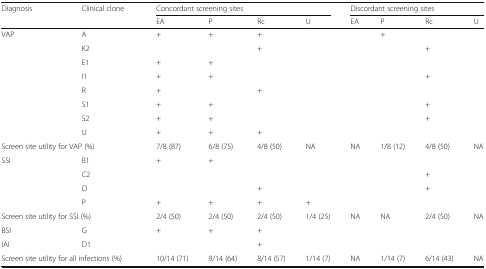
<table><thead><tr><td rowspan="2"><b>Diagnosis</b></td><td rowspan="2"><b>Clinical clone</b></td><td colspan="4"><b>Concordant screening sites</b></td><td colspan="4"><b>Discordant screening sites</b></td></tr><tr><td><b>EA</b></td><td><b>P</b></td><td><b>Rc</b></td><td><b>U</b></td><td><b>EA</b></td><td><b>P</b></td><td><b>Rc</b></td><td><b>U</b></td></tr></thead><tbody><tr><td rowspan="8">VAP</td><td>A</td><td>+</td><td>+</td><td>+</td><td></td><td></td><td>+</td><td></td><td></td></tr><tr><td>K2</td><td></td><td></td><td>+</td><td></td><td></td><td></td><td>+</td><td></td></tr><tr><td>E1</td><td>+</td><td>+</td><td></td><td></td><td></td><td></td><td></td><td></td></tr><tr><td>I1</td><td>+</td><td>+</td><td></td><td></td><td></td><td></td><td>+</td><td></td></tr><tr><td>R</td><td>+</td><td></td><td>+</td><td></td><td></td><td></td><td></td><td></td></tr><tr><td>S1</td><td>+</td><td>+</td><td></td><td></td><td></td><td></td><td>+</td><td></td></tr><tr><td>S2</td><td>+</td><td>+</td><td></td><td></td><td></td><td></td><td>+</td><td></td></tr><tr><td>U</td><td>+</td><td>+</td><td>+</td><td></td><td></td><td></td><td></td><td></td></tr><tr><td colspan="2">Screen site utility for VAP (%)</td><td>7/8 (87)</td><td>6/8 (75)</td><td>4/8 (50)</td><td>NA</td><td>NA</td><td>1/8 (12)</td><td>4/8 (50)</td><td>NA</td></tr><tr><td rowspan="4">SSI</td><td>B1</td><td>+</td><td>+</td><td></td><td></td><td></td><td></td><td></td><td></td></tr><tr><td>C2</td><td></td><td></td><td></td><td></td><td></td><td></td><td>+</td><td></td></tr><tr><td>O</td><td></td><td></td><td>+</td><td></td><td></td><td></td><td>+</td><td></td></tr><tr><td>P</td><td>+</td><td>+</td><td>+</td><td>+</td><td></td><td></td><td></td><td></td></tr><tr><td colspan="2">Screen site utility for SSI (%)</td><td>2/4 (50)</td><td>2/4 (50)</td><td>2/4 (50)</td><td>1/4 (25)</td><td>NA</td><td>NA</td><td>2/4 (50)</td><td>NA</td></tr><tr><td>BSI</td><td>G</td><td>+</td><td>+</td><td>+</td><td></td><td></td><td></td><td></td><td></td></tr><tr><td>IAI</td><td>D1</td><td></td><td></td><td>+</td><td></td><td></td><td></td><td></td><td></td></tr><tr><td colspan="2">Screen site utility for all infections (%)</td><td>10/14 (71)</td><td>9/14 (64)</td><td>8/14 (57)</td><td>1/14 (7)</td><td>NA</td><td>1/14 (7)</td><td>6/14 (43)</td><td>NA</td></tr></tbody></table>